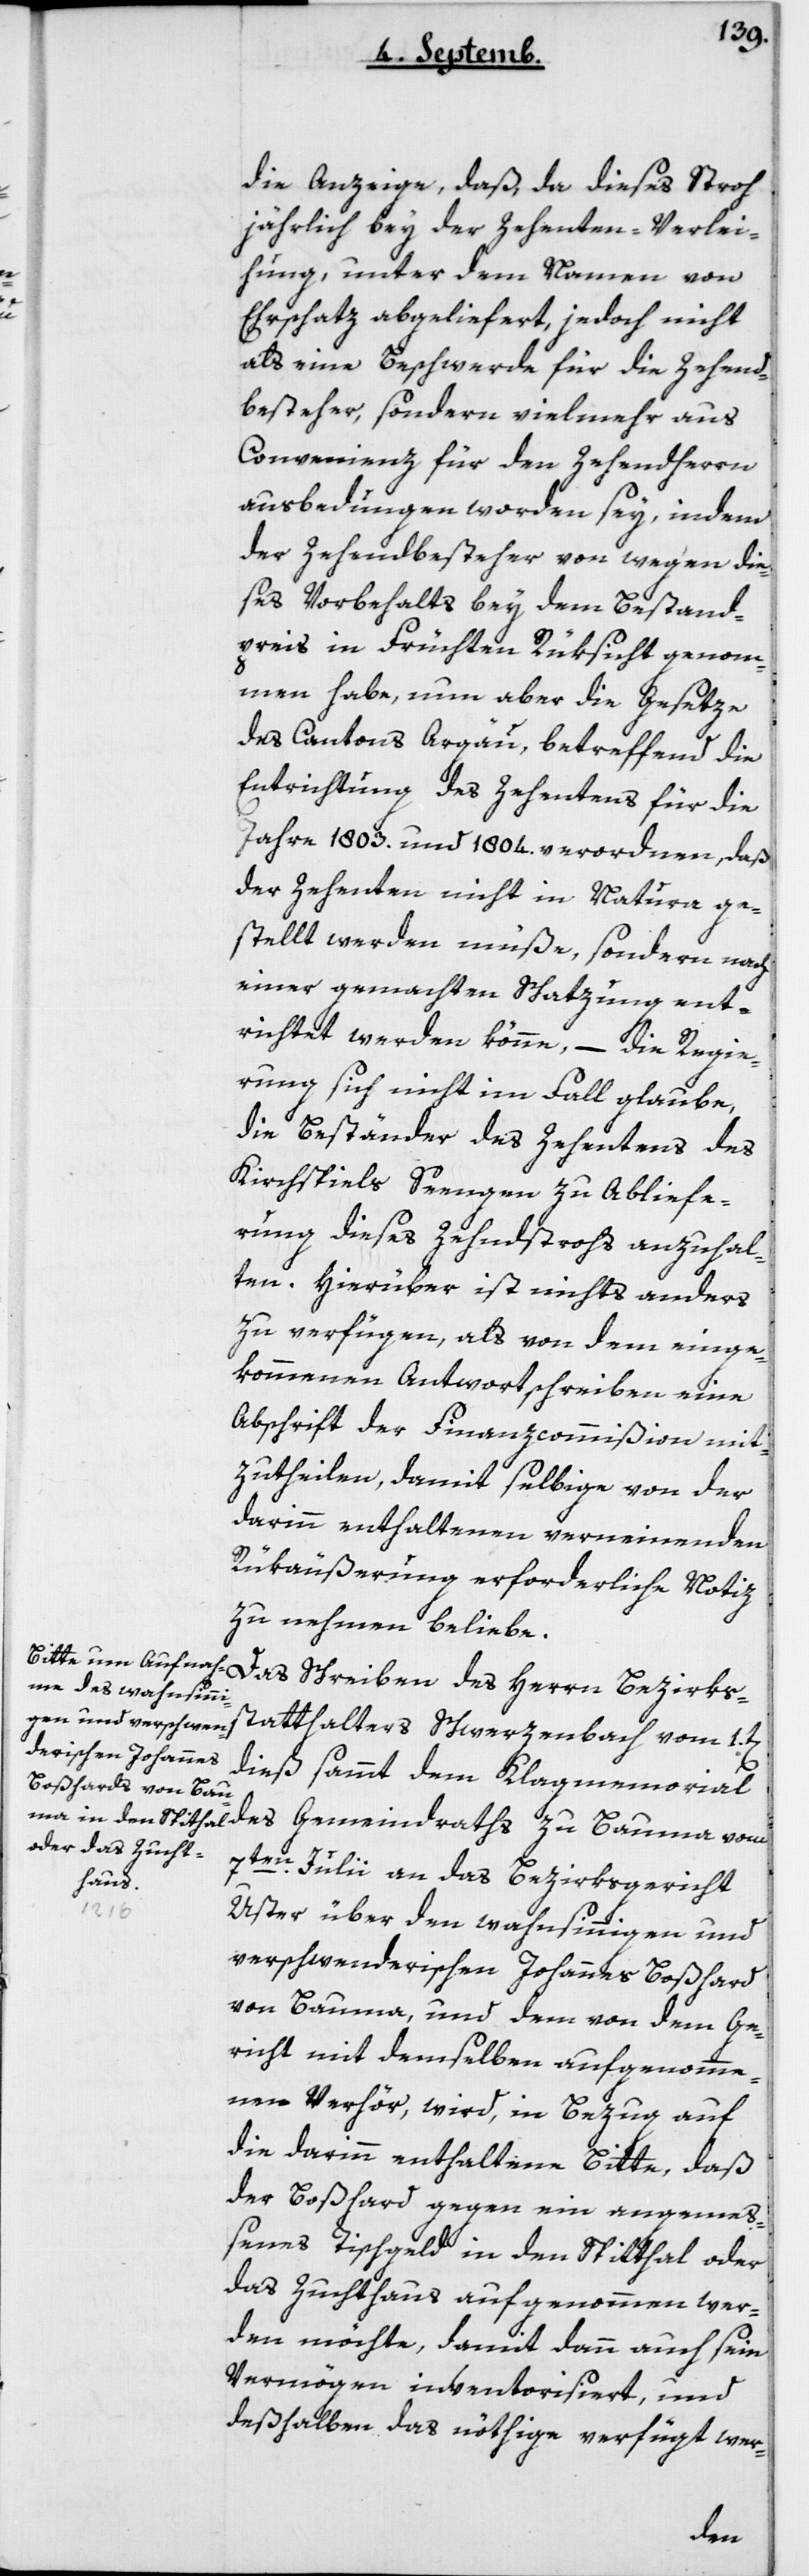
die Anzeige, daß da dieses Stroh
jährlich bey der Zehenten-Verlei¬
hung, unter dem Namen von
Ehrschaz abgeliefert, jedoch nicht
als eine Beschwerde für die Zehend¬
besteher, sondern vielmehr aus
Convenienz für den Zehendherrn
ausbedungen worden sey, indem
der Zehendbesteher von wegen die¬
ses Vorbehalts bey dem Bestand¬
preis in Früchten Rüksicht genom¬
men habe, nun aber die Gesetze
des Cantons Argau, betreffend die
Entrichtung des Zehentens für die
Jahre 1803 und 1804 verordnen, daß
der Zehenten nicht in natura ge¬
stellt werden müße, sondern nach
einer gemachten Schazung ent¬
richtet werden könne, – die Regie¬
rung sich nicht im Fall glaube,
die Beständer des Zehentens des
Kirchspiels Seengen zu Abliefe¬
rung dieses Zehndstrohs anzuhal¬
ten. Hierüber ist nichts anders
zu verfügen, als von dem einge¬
kommenen Antwortschreiben eine
Abschrift der Finanzcommißion mi¬
zutheilen, damit selbige von der
darinn enthaltenen verneinenden
Rükäußerung erforderliche Notiz
zu nehmen beliebe.
Das Schreiben des Herrn Bezirks¬
statthalter Schwerzenbach vom 1ten
dieß sammt dem Klagmemorial
des Gemeindraths zu Bauma vom
7ten Julii an das Bezirksgericht
Uster, über den wahnsinnigen und
verschwenderischen Johannes Boßhard
von Bauma, und dem von dem Ge¬
richt mit demselben aufgenomme¬
nen Verhör, wird in Bezug auf
die darin enthaltene Bitte, daß
der Boßhard gegen ein angeme¬
ßenes Tischgeld in den Spitthal oder
das Zuchthaus aufgenommen wer¬
den möchte, damit dann auch sein
Vermögen inventarisiert, und
deshalben das nöthige verfügt wer-